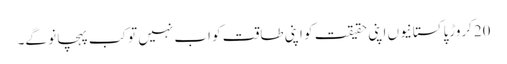
20کروڑپاکستانیوں اپنی حقیقت کو اپنی طاقت کو اب نہیں تو کب پہچانو گے۔